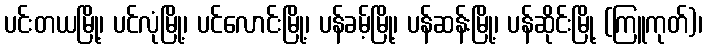
ပင်းတယမြို့၊ ပင်လုံမြို့၊ ပင်လောင်းမြို့၊ ပန်ခမ့်မြို့၊ ပန်ဆန်းမြို့၊ ပန်ဆိုင်းမြို့ (ကြူကုတ်)၊